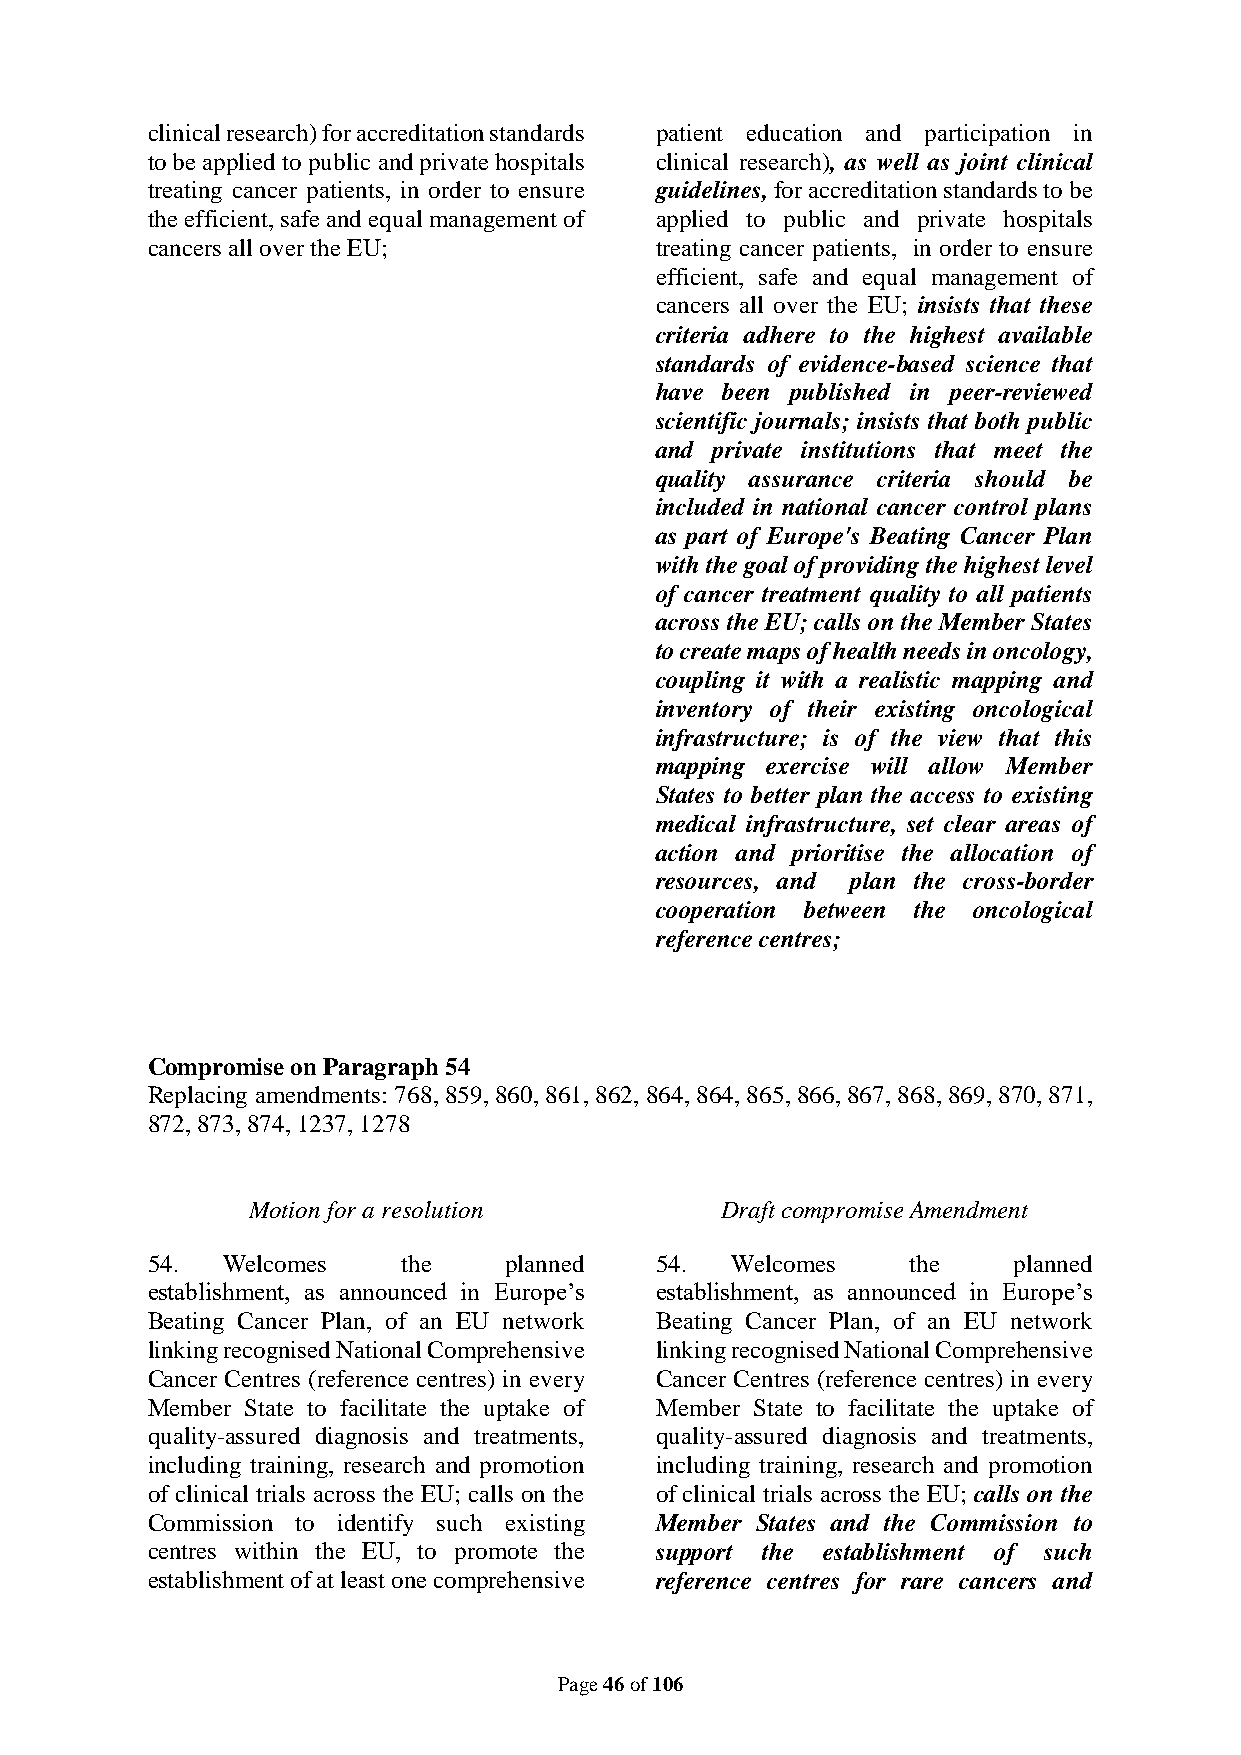
clinical research) for accreditation standards patient education and participation in
 to be applied to public and private hospitals clinical research), as well as joint clinical
 treating cancer patients, in order to ensure guidelines, for accreditation standards to be
 the efficient, safe and equal management of applied to public and private hospitals
 cancers all over the EU;         treating cancer patients, in order to ensure
 efficient, safe and equal management of
 cancers all over the EU; insists that these
 criteria adhere to the highest available
 standards of evidence-based science that
 have been published in peer-reviewed
 scientific journals; insists that both public
 and private institutions that meet the
 quality assurance criteria should be
 included in national cancer control plans
 as part of Europe's Beating Cancer Plan
 with the goal of providing the highest level
 of cancer treatment quality to all patients
 across the EU; calls on the Member States
 to create maps of health needs in oncology,
 coupling it with a realistic mapping and
 inventory of their existing oncological
 infrastructure; is of the view that this
 mapping exercise will allow Member
 States to better plan the access to existing
 medical infrastructure, set clear areas of
 action and prioritise the allocation of
 resources, and plan the cross-border
 cooperation between the oncological
 reference centres;
 Compromise on Paragraph 54
 Replacing amendments: 768, 859, 860, 861, 862, 864, 864, 865, 866, 867, 868, 869, 870, 871,
 872, 873, 874, 1237, 1278
 Motion for a resolution         Draft compromise Amendment
 54.  Welcomes    the   planned   54.  Welcomes    the    planned
 establishment, as announced in Europe’s establishment, as announced in Europe’s
 Beating Cancer Plan, of an EU network Beating Cancer Plan, of an EU network
 linking recognised National Comprehensive linking recognised National Comprehensive
 Cancer Centres (reference centres) in every Cancer Centres (reference centres) in every
 Member State to facilitate the uptake of Member State to facilitate the uptake of
 quality-assured diagnosis and treatments, quality-assured diagnosis and treatments,
 including training, research and promotion including training, research and promotion
 of clinical trials across the EU; calls on the of clinical trials across the EU; calls on the
 Commission to identify such existing Member States and the Commission to
 centres within the EU, to promote the support the establishment of such
 establishment of at least one comprehensive reference centres for rare cancers and
 Page 46 of 106